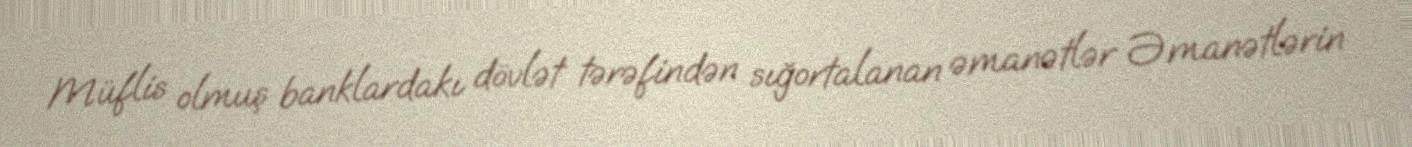
Müflis olmuş banklardakı dövlət tərəfindən sığortalanan əmanətlər Əmanətlərin